Annual report of the Civil Veterinary Department, Bengal, for the year 1897-98 - 1897-1898
Year: 1897
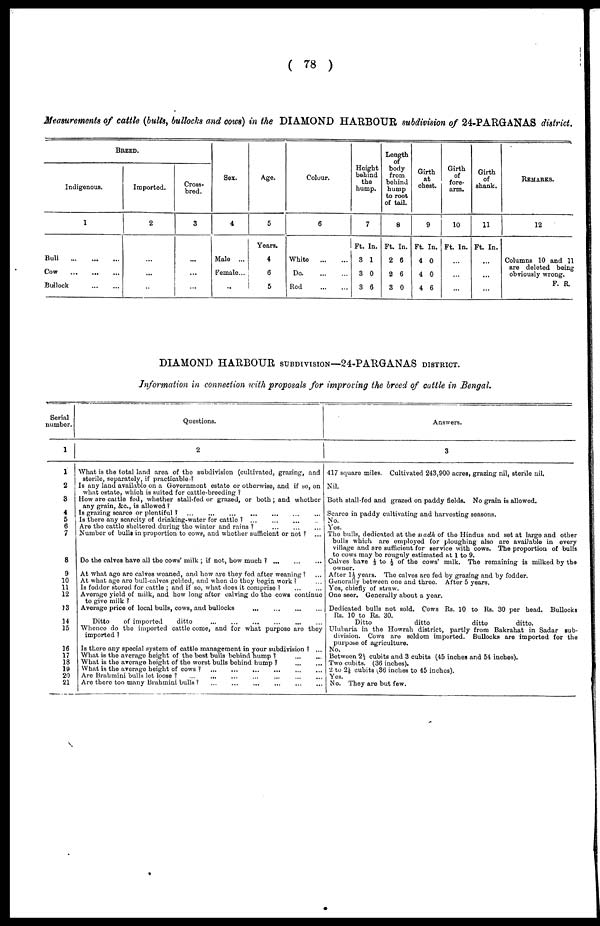
( 78 )
Measurements of cattle (bulls, bullocks and cows) in the DIAMOND HARBOUR subdivision of 24-PARGANAS district.
BREED.
Indigenous.
1
Bull
...
...
...
Cow ... ... ...
Bullock
...
...
Imported.
2
...
...
...
Cross-
brod.
3
...
...
...
Sex.
4
Male ...
Female ...
...
Age.
5
Years.
4
6
5
Colour.
6
White
...
...
Do
...
...
Red... ...
Height
behind
the
hump.
7
Ft.
3
3
3
In.
1
0
6
Lenth
of
body
from
behind
hump
to root
of tail.
8
Ft.
2
2
3
In.
6
6
0
Girth
at
chanl.
9
Ft
4
4
4 6
In.
0
0
Girth
fore-
arm.
10
Ft. In.
...
...
...
Girth
of
shank.
11
Ft. In.
...
...
...
REMARKS.
12
Columns 10 and 11
are deleted being
obviously wrong.
F. R.
DIAMOND HARBOUR SUBDIVISION—24-PARGANAS DISTRICT.
Information in connection with proposals for improving the breed of cattle in Bengal.
Serial
number.
1
1
2
8
4
5
6
7
8
9
10
11
12
13
14
15
16
17
18
19
20
21
Questions.
What is the total land area of the subdivision (cultivated, grazing, and
sterile, separately, if practicable?
Is any land available on a Government estate or otherwise, and if so, on
what estate, which is suited for cattle-breeding ?
How are cattle fed, whether stall-fed or grazed, or both ; and whether
any grain, &c., is allowed ?
Is grazing scarce or plentiful ? ...
...
...
...
...
...
...
Is there any scarcity of drinking-water for cattle ? ...
...
...
Are the cattle sheltered during the winter and rains ?
...
...
...
Number of bulls in proportion to cows, and whether sufficient or not ? ...
Do the calves have all the cows' milk ; if not, how much ? ... ... ...
At what ago arc calves weaned, and how are they fed after weaning ? ...
At what ago are bull-calves gelded, and when do they begin work ? ...
Is foddor stored for cattle ; and if so, what does it comprise
?
...
...
Average yield of milk, and how long after calving do the cows continue-
to give milk ?
Average price of local bulls, cows, and bullocks ... ... ... ...
Ditto
of imported
ditto ... ... ... ... ... ...
Whence do the imported cattle come, and for what purpose are they
imported ?
Is there any special system of cattle management in your subdivision ? ...
What is the average height of the best bulls behind hump ? ... ...
What is the average height of the worst bulls behind hump ? ... ...
What is the average height of cows?. ... ... ... ... ... ...
Are Brahmini bulls lot loose ? ... ... ... ... ... ...
Are there too many Brahmini bulls ? ... ... ... ... ... ...
Answers.
3
417 square miles. Cultivated 243,900 acres, grazing nil, sterile nil.
Nil.
Both stall-fed and grazed on paddy fields. No grain is allowed.
Scarce in paddy cultivating and harvesting seasons.
No.
Yes.
The bulls, dedicated at the s adh of the Hindus and set at largo and other
bulls which are employed for ploughing also are available in every
village and are sufficient for service with cows. The proportion of bulls
to cows may bo roughly estimated at 1 to 9.
Calves have 1/3 to ½ of the cows' milk. The remaining is milked by the
owner.
After 1½ years. The calves are fed by grazing and by foddor.
Generally between one and three. After 5 years.
Yes, chiefly of straw.
One seer. Generally about a year.
Dedicated bulls not sold. Cows Rs. 10 to Rs. 30 per head. Bullocks
Rs. 10 to Rs. 30.
Ditto
ditto
ditto
ditto.
Glubaria in the Howrah district, partly from Bakrahat in Sadar sub-
division. Cows are seldom imported. Bullocks are imported for the
purpose of agriculture.
No.
Between 2½ cubits and 3 cubits (45 inches and 54 inches).
Two cubits. (36 inches).
2 to 2½ cubits 30 inches to 45 inches).
Yes.
No. They are but few.